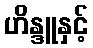
ဟိန္ဒူနှင့်